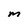
Character: M